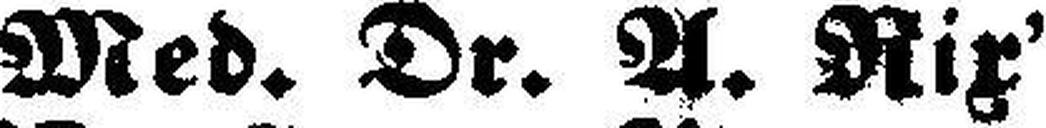
Med. Dr. A. Rix'